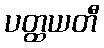
ပတ္ထယတီ